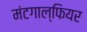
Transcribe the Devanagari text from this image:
मंटगाल्फियर